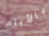
بالأيام